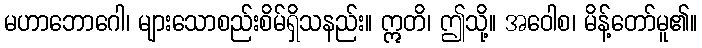
မဟာဘောဂေါ၊ များသောစည်းစိမ်ရှိသနည်း။ ဣတိ၊ ဤသို့။ အဝေါစ၊ မိန့်တော်မူ၏။